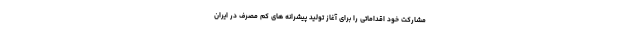
مشارکت خود اقداماتی را برای آغاز تولید پیشرانه های کم مصرف در ایران